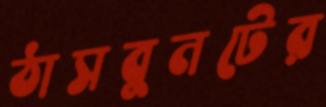
ঠাসবুনটের